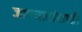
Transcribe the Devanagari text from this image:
जाण्यारांसाठी